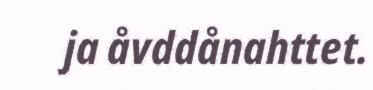
ja åvddånahttet.